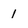
Character: 1